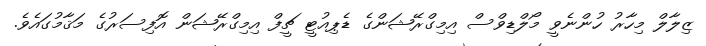
ޒިލާލް މިހާރު ހުންނެވީ މޯލްޑިވްސް އިމިގްރޭޝަންގެ ޑެޕިއުޓީ ޗީފް އިމިގްރޭޝަން އޮފިސަރުގެ މަޤާމުގައެވެ.